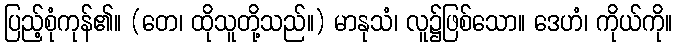
ပြည့်စုံကုန်၏။ (တေ၊ ထိုသူတို့သည်။) မာနုသံ၊ လူ၌ဖြစ်သော။ ဒေဟံ၊ ကိုယ်ကို။